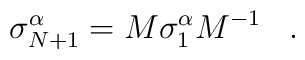
\sigma^{\alpha}_{N+1}=M\sigma^{\alpha}_{1}M^{-1}\;\;\;.